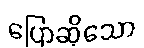
ပြောဆိုသော